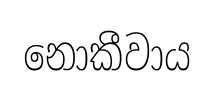
නොකීවාය